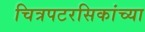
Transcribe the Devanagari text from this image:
चित्रपटरसिकांच्या